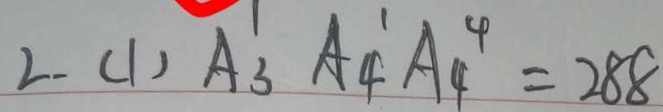
2 . ( 1 ) A _ { 3 } ^ { 1 } A _ { 4 } ^ { 1 } A _ { 4 } ^ { 4 } = 2 8 8